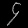
Digit: ၄